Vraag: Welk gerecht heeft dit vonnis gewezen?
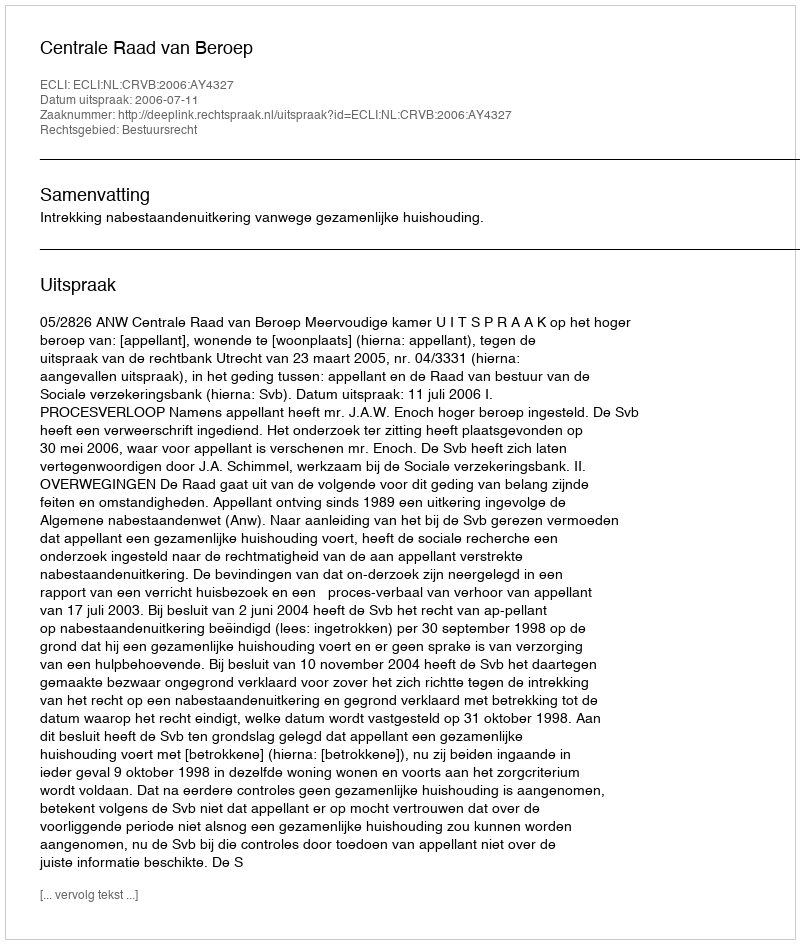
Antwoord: Centrale Raad van Beroep